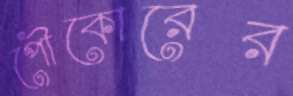
পৌকোরের